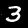
Label: 3